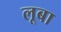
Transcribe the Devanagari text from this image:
लूबा